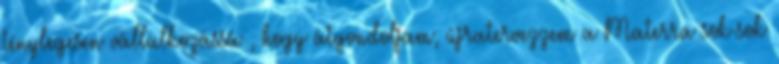
ténylegesen vállalkozássá , hogy átgondoljam, újratervezzem a Materra sok-sok